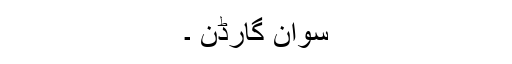
سوان گارڈن ۔